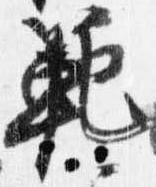
範